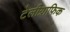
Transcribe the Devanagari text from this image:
टेलीग्राफिक